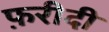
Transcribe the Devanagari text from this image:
फ़रीदी